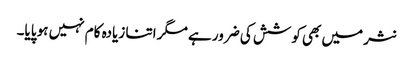
نثر میں بھی کوشش کی ضرور ہے مگر اتنا زیادہ کام نہیں ہو پایا۔